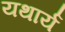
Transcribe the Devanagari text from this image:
यथार्य